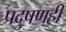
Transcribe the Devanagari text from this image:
प्रदुषणही